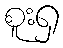
စူးရှ